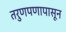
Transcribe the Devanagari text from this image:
तरुणपणापासून